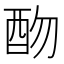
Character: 𨟸